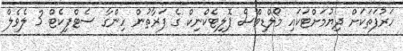
ހަރުފަތަކަށް ދިޔުމަށްޓަކައި މޯލްޑިވްސް ޕޮލިޓެކްނިކް ގެ ފަރާތުން ހިންގާ ސެޓްފިކެޓް 3 ލެވެލް